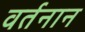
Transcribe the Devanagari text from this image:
वर्तनान